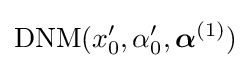
\mathrm {DNM} (x_{0}^{\prime },\alpha _{0}^{\prime },{\boldsymbol {\alpha }}^{(1)})